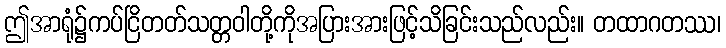
ဤအာရုံ၌ကပ်ငြိတတ်သတ္တဝါတို့ကိုအပြားအားဖြင့်သိခြင်းသည်လည်း။ တထာဂတဿ၊